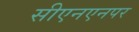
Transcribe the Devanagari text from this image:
सीएनएनपर